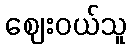
ဈေးဝယ်သူ